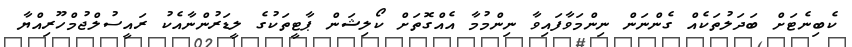
ކެބިނެޓަށް ބަދަލުތަކެއް ގެންނަން ނިންމަވާފައިވާ ނިންމުމާ އެއްގޮތަށް ކޯލިޝަން ޕާޓީތަކުގެ ލީޑަރުންނާއެކު ރައީސުލްޖުމްހޫރިއްޔާ